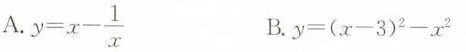
A.$$y = x - \frac { 1 } { x }$$ B.$$y = ( x - 3 ) ^ { 2 } - x ^ { 2 }$$